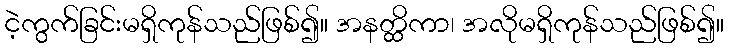
ငဲ့ကွက်ခြင်းမရှိကုန်သည်ဖြစ်၍။ အနတ္ထိကာ၊ အလိုမရှိကုန်သည်ဖြစ်၍။